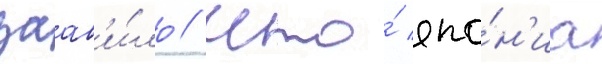
заав'и́ло / что́ япо́н'иа